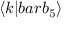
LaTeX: \langle k | b a r { b } _ { 5 } \rangle